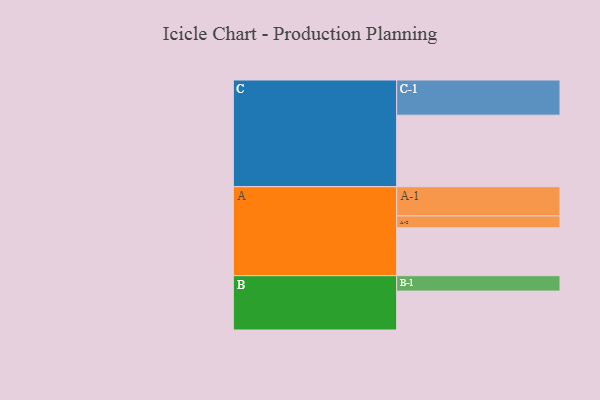
{"axis": {"x": "Segment", "y": "Value"}, "legend": ["", "A", "B", "C"], "data": [{"x": "A", "y": 386, "type": ""}, {"x": "B", "y": 313, "type": ""}, {"x": "C", "y": 576, "type": ""}, {"x": "A-1", "y": 235, "type": "A"}, {"x": "A-2", "y": 95, "type": "A"}, {"x": "B-1", "y": 124, "type": "B"}, {"x": "C-1", "y": 283, "type": "C"}]}